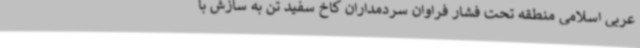
عربی اسلامی منطقه تحت فشار فراوان سردمداران کاخ سفید تن به سازش با